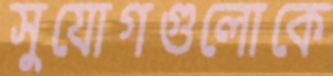
সুযোগগুলোকে